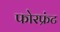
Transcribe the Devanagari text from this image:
फोरफ्रंट